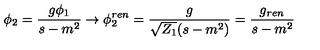
\phi _ { 2 } = \frac { g \phi _ { 1 } } { s - m ^ { 2 } } \to \phi _ { 2 } ^ { r e n } = \frac { g } { \sqrt { Z _ { 1 } } ( s - m ^ { 2 } ) } = \frac { g _ { r e n } } { s - m ^ { 2 } }